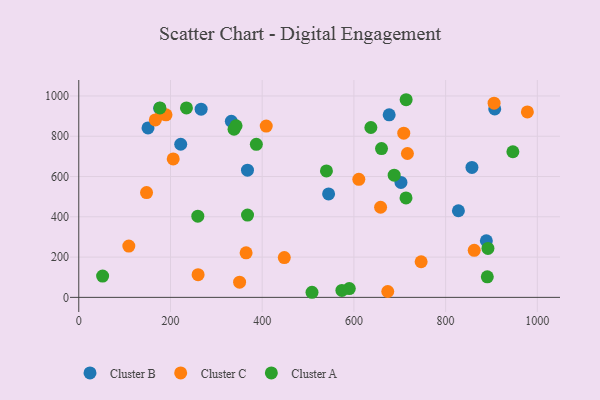
{"axis": {"x": "Speed", "y": "Fuel Efficiency"}, "legend": ["Cluster A", "Cluster B", "Cluster C"], "data": [{"x": "151.0", "y": 841.4, "type": "Cluster B"}, {"x": "266.8", "y": 934.4, "type": "Cluster B"}, {"x": "702.6", "y": 570.7, "type": "Cluster B"}, {"x": "222.3", "y": 760.3, "type": "Cluster B"}, {"x": "827.9", "y": 430.1, "type": "Cluster B"}, {"x": "907.1", "y": 935.5, "type": "Cluster B"}, {"x": "857.4", "y": 645.3, "type": "Cluster B"}, {"x": "888.8", "y": 281.1, "type": "Cluster B"}, {"x": "676.9", "y": 906.4, "type": "Cluster B"}, {"x": "367.9", "y": 631.7, "type": "Cluster B"}, {"x": "544.8", "y": 513.7, "type": "Cluster B"}, {"x": "332.7", "y": 874.4, "type": "Cluster B"}, {"x": "176.4", "y": 938.6, "type": "Cluster B"}, {"x": "658.2", "y": 447.5, "type": "Cluster C"}, {"x": "408.8", "y": 850.8, "type": "Cluster C"}, {"x": "181.1", "y": 910.6, "type": "Cluster C"}, {"x": "905.7", "y": 964.5, "type": "Cluster C"}, {"x": "716.7", "y": 714.4, "type": "Cluster C"}, {"x": "190.2", "y": 906.2, "type": "Cluster C"}, {"x": "147.8", "y": 520.6, "type": "Cluster C"}, {"x": "350.7", "y": 75.4, "type": "Cluster C"}, {"x": "364.9", "y": 221.0, "type": "Cluster C"}, {"x": "746.6", "y": 176.8, "type": "Cluster C"}, {"x": "260.2", "y": 112.9, "type": "Cluster C"}, {"x": "708.7", "y": 815.1, "type": "Cluster C"}, {"x": "448.2", "y": 197.8, "type": "Cluster C"}, {"x": "610.7", "y": 586.3, "type": "Cluster C"}, {"x": "109.1", "y": 254.5, "type": "Cluster C"}, {"x": "166.9", "y": 881.0, "type": "Cluster C"}, {"x": "673.8", "y": 29.1, "type": "Cluster C"}, {"x": "205.9", "y": 687.5, "type": "Cluster C"}, {"x": "978.3", "y": 920.8, "type": "Cluster C"}, {"x": "862.4", "y": 233.6, "type": "Cluster C"}, {"x": "540.1", "y": 628.0, "type": "Cluster A"}, {"x": "713.6", "y": 493.9, "type": "Cluster A"}, {"x": "338.6", "y": 834.9, "type": "Cluster A"}, {"x": "892.3", "y": 242.9, "type": "Cluster A"}, {"x": "890.9", "y": 102.2, "type": "Cluster A"}, {"x": "687.8", "y": 606.9, "type": "Cluster A"}, {"x": "343.0", "y": 852.2, "type": "Cluster A"}, {"x": "589.9", "y": 43.6, "type": "Cluster A"}, {"x": "52.0", "y": 105.8, "type": "Cluster A"}, {"x": "234.8", "y": 940.8, "type": "Cluster A"}, {"x": "368.0", "y": 408.8, "type": "Cluster A"}, {"x": "508.6", "y": 25.3, "type": "Cluster A"}, {"x": "177.0", "y": 940.8, "type": "Cluster A"}, {"x": "573.8", "y": 34.7, "type": "Cluster A"}, {"x": "946.7", "y": 723.1, "type": "Cluster A"}, {"x": "259.6", "y": 403.1, "type": "Cluster A"}, {"x": "660.2", "y": 738.9, "type": "Cluster A"}, {"x": "387.2", "y": 760.0, "type": "Cluster A"}, {"x": "713.9", "y": 981.4, "type": "Cluster A"}, {"x": "637.0", "y": 843.4, "type": "Cluster A"}]}